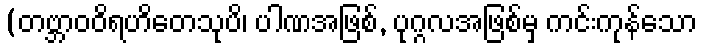
(တဗ္ဘာဝဝိရဟိတေသုပိ၊ ပါဏအဖြစ်, ပုဂ္ဂလအဖြစ်မှ ကင်းကုန်သော